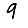
Digit: 9